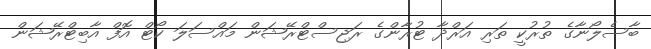
ބާސެލޯނާގެ ތުރުކީ ތަރި އަރްދާ ޓުރާންގެ ރަޖިސްޓްރޭޝަން މައްސަލަ ކޯޓް އޮފް އާބިޓްރޭޝަން